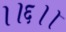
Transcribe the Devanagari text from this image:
।।६।।